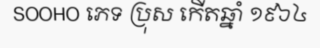
SOOHO ភេទ ប្រុស កើតឆ្នាំ ១៩៦៤